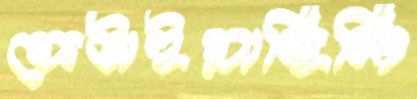
ফেটাইয়াছিলি